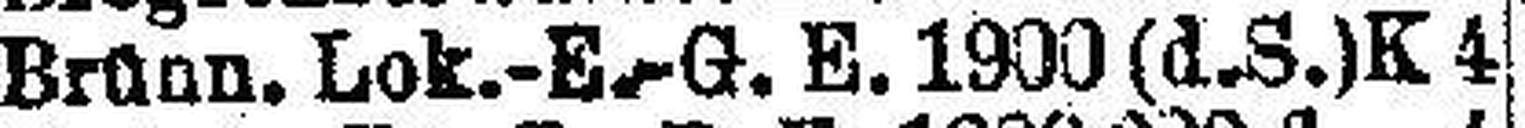
Brünn. Lok.-E.-G. E. 1900(d.S.) K 4